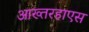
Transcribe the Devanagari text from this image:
आख्तरहाएस